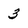
Character: 3